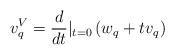
LaTeX: \begin{align*} v_q^{V}=\frac{d}{dt}|_{t=0} \left(w_q+tv_q\right)\end{align*}